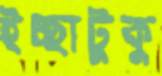
ইচ্ছাটুকু